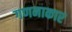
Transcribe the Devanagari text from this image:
गणनाकार